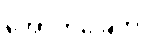
အောက်ခြေက